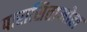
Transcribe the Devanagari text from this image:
पारासितामोल